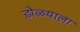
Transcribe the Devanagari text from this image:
डोळयाला